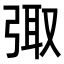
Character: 𪪿